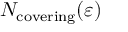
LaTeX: N _ { \mathrm { { c o v e r i n g } } } ( \varepsilon )